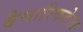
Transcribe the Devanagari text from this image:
वैचारिकतेला